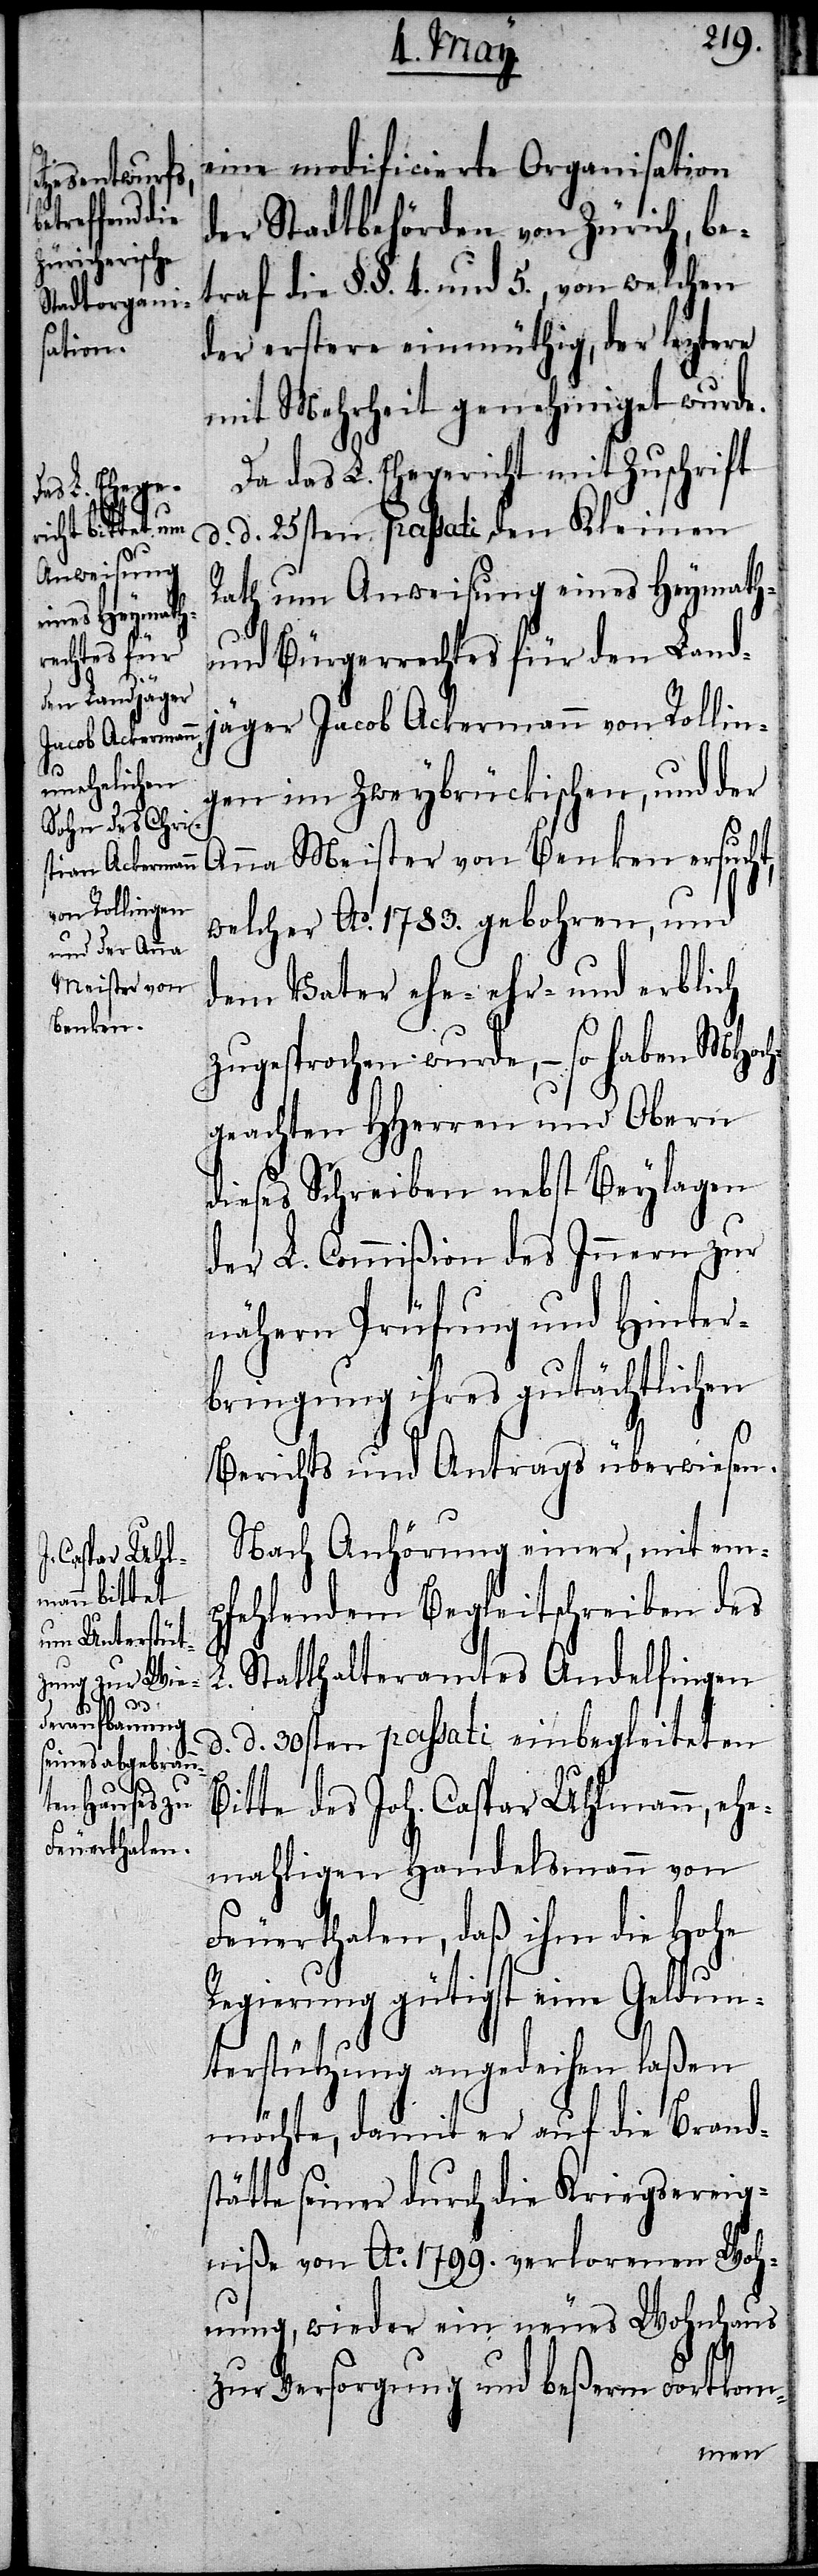
eine modificierte Organisation
der Stadtbehörde von Zürich, be¬
traf die §§. 4. und 5., von welchen
der erstere einmüthig, der leztere
mit Mehrheit genehmiget wurde.
Da das L. Ehegericht mit Zuschrift
d. 25sten passati, den Kleinen
Rath um Anweisung eines Heymath-
und Bürgerrechts für den Landj¬
äger Jacob Ackermann von Rollin¬
gen im Zeybrückischen, und der
Anna Meister von Benken ersucht,
welcher Ao. 1783. gebohren, und
dem Vater ehe- ehr- und erblich
zugesprochen wurde, – so haben MHoch¬
geachten HHerren und Obern
dieses Schreiben nebst Beylagen
der L. Commißion des Innern zur
nähern Prüfung und Hinter¬
bringung ihres gutächtlichen
Berichts und Antrags überwiesen.
Nach Anhörung einer, mit em¬
pfehlenden Begleitschreiben des
Statthalteramtes Andelfingen
B¬
d. d. 30sten passati einbegleiteten
itte des Joh. Caspar Uhlmann, ehe¬
mahligen Handelsmann von
Feuerthalen, daß ihm die Hohe
Regierung gütigst eine Geldun¬
terstützung angedeihen laßen
möchte, damit er auf die Brandst¬
ätte seiner durch die Kriegsereig¬
niße von Ao. 1799. verlorenen Woh¬
nung, wieder ein neues Wohnhaus
zur Versorgung und beßern Fortkom-